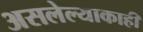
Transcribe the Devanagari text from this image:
असलेल्याकाही